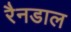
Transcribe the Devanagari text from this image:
रैनडाल